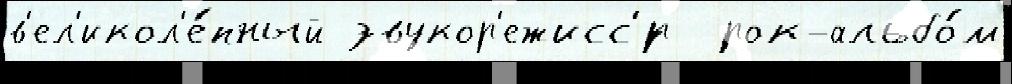
в'ел'икол'е́пный звукор'ежисс'́р  рок-альбо́м